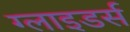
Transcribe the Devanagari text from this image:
ग्लाइडर्स